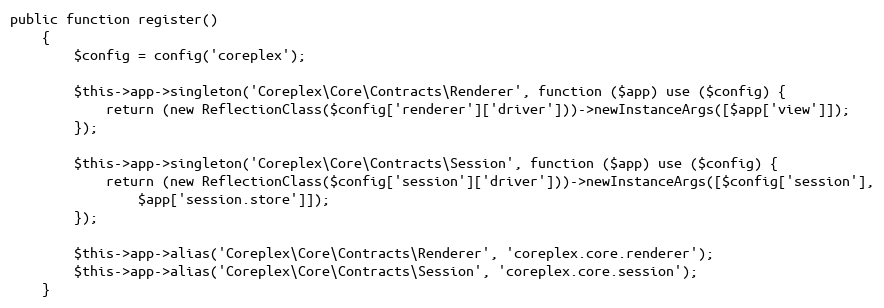
Language: PHP
public function register()
    {
        $config = config('coreplex');

        $this->app->singleton('Coreplex\Core\Contracts\Renderer', function ($app) use ($config) {
            return (new ReflectionClass($config['renderer']['driver']))->newInstanceArgs([$app['view']]);
        });

        $this->app->singleton('Coreplex\Core\Contracts\Session', function ($app) use ($config) {
            return (new ReflectionClass($config['session']['driver']))->newInstanceArgs([$config['session'],
                $app['session.store']]);
        });

        $this->app->alias('Coreplex\Core\Contracts\Renderer', 'coreplex.core.renderer');
        $this->app->alias('Coreplex\Core\Contracts\Session', 'coreplex.core.session');
    }